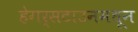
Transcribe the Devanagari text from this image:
हेगर्सटाउनमधून